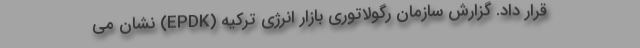
قرار داد. گزارش سازمان رگولاتوری بازار انرژی ترکیه (EPDK) نشان می